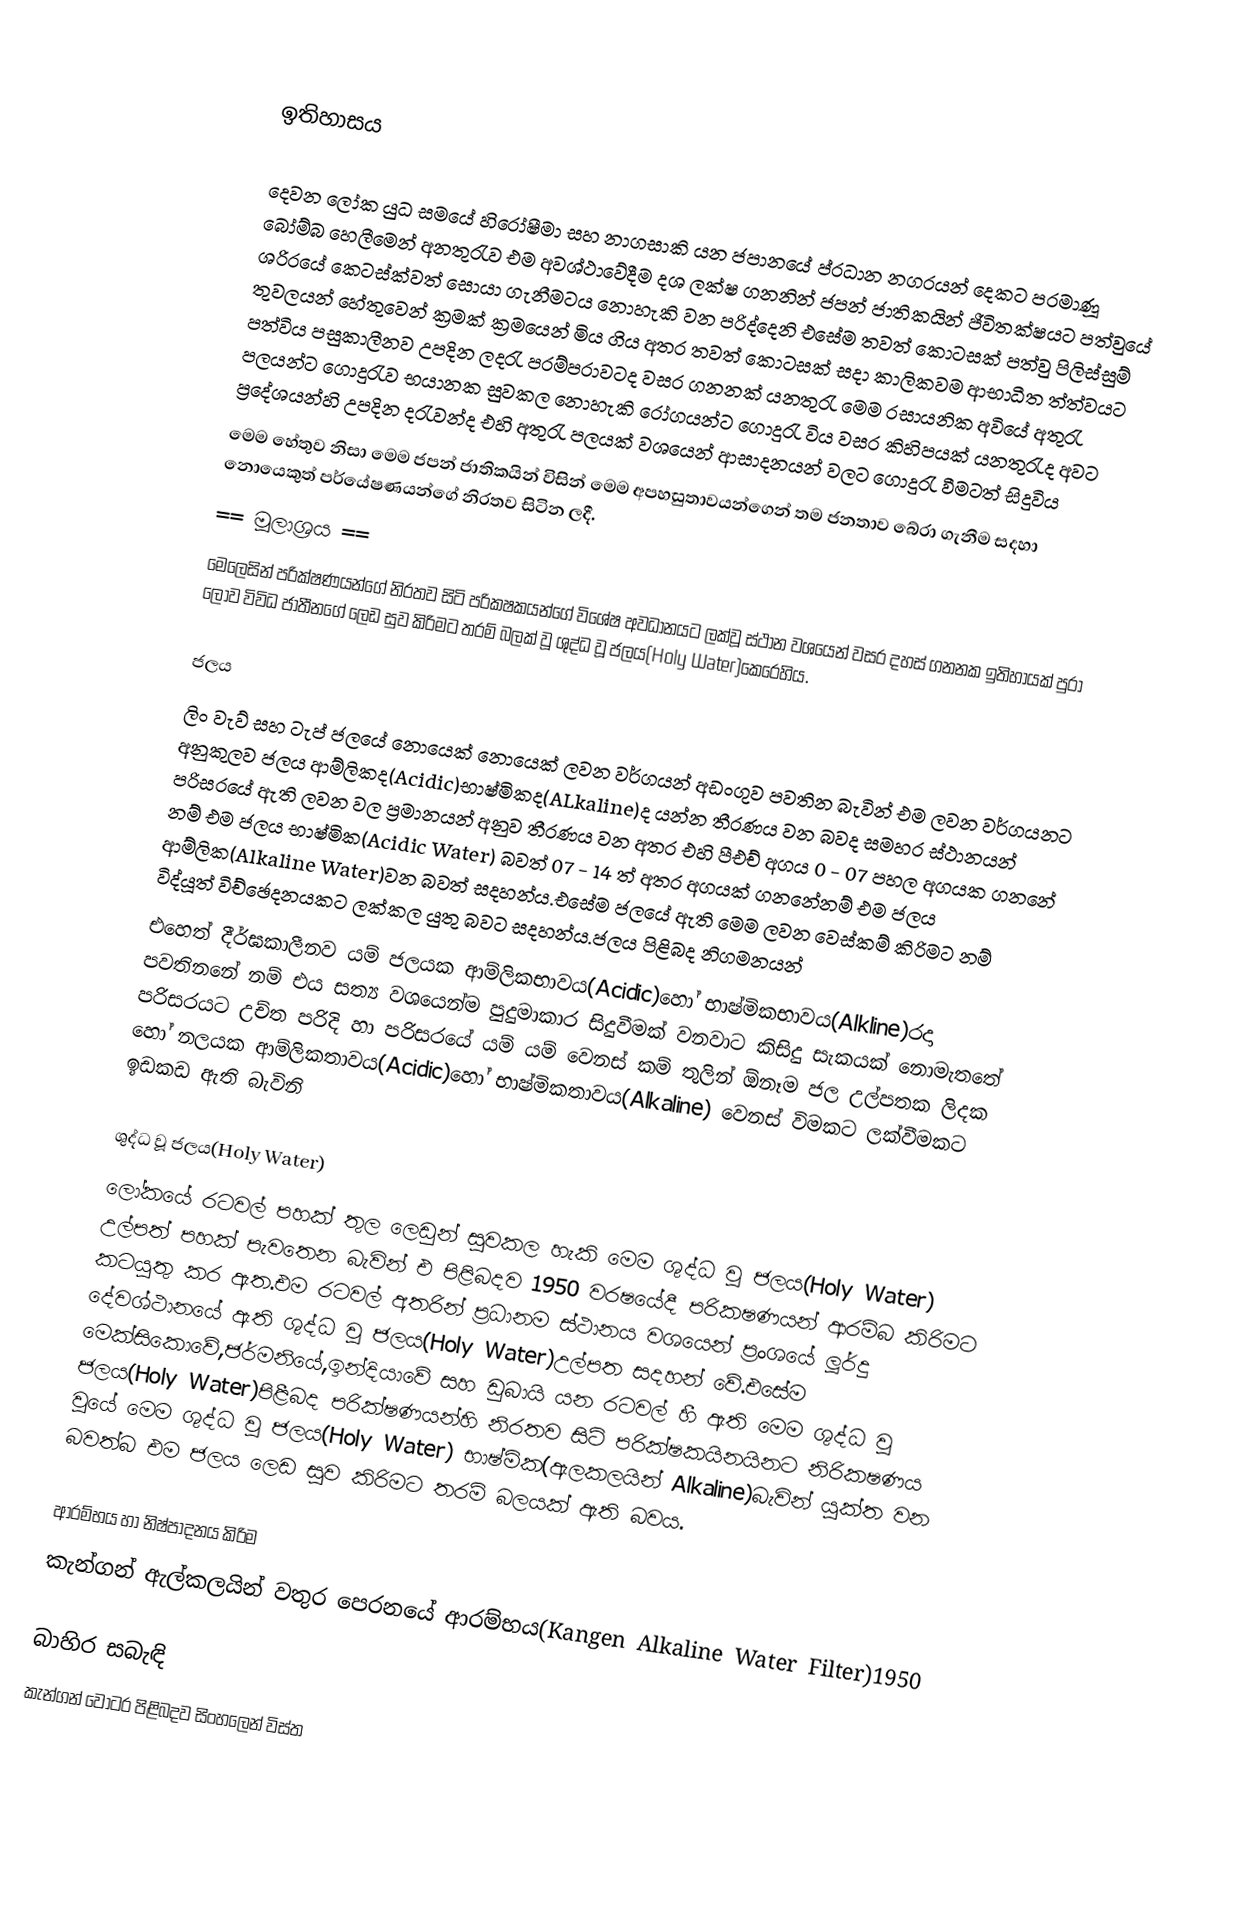

ඉතිහාසය

දෙවන ලෝක යුධ සමයේ හිරෝෂීමා සහ නාගසාකි යන ජපානයේ ප්රධාන නගරයන් දෙකට පරමාණූ බෝම්බ හෙලීමෙන් අනතුරැව එම අවශ්ථාවේදීම දශ ලක්ෂ ගනනින් ජපන් ජාතිකයින් ජීවිතක්ෂයට පත්වුයේ ශරිරයේ කෙටස්ක්වත් සොයා ගැනීමටය නොහැකි වන පරිද්දෙනි එසේම තවත් කොටසක් පත්වු පිලිස්සුම් තුවලයන් හේතුවෙන් ක්‍රමක් ක්‍රමයෙන්  මිය ගිය අතර තවත් කොටසක් සදා කාලිකවම ආභාධීත ත්ත්වයට පත්විය පසුකාලීනව උපදින ලදරැ පරම්පරාවටද වසර ගනනක් යනතුරැ මෙම රසායනික අවියේ අතුරැ පලයන්ට ගොදුරැව භයානක සුවකල නොහැකි රෝගයන්ට ගොදුරැ විය වසර කිහිපයක් යනතුරැද අවට ප්‍රදේශයන්හි උපදින දරැවන්ද  එහි අතුරැ පලයක් වශයෙන් ආසාදනයන් වලට ගොදුරැ වීමටත් සිදුවිය
මෙම හේතුව නිසා මෙම ජපන් ජාතිකයින් විසින් මෙම අපහසුතාවයන්ගෙන් තම ජනතාව බේරා ගැනීම සදහා නොයෙකුත් පර්යේෂණයන්ගේ නිරතව සිටින ලදී.
== මූලාශ්‍රය ==
මෙලෙසින් පරික්ෂණයන්ගේ නිරතව සිටි පරිකෂකයන්ගේ විශේෂ අවධානයට ලක්වූ ස්ථාන වශයෙන් වසර දහස් ගනනක ඉතිහායක් පුරා ලොව විවිධ ජාතීනගේ ලෙඩ සුව කිරිමට තරම් බලක් වූ ශුද්ධ වූ ජලය(Holy Water)කෙරෙහිය.

ජලය
 ලිං වැව් සහ ටැප් ජලයේ නොයෙක් නොයෙක් ලවන වර්ගයන් අඩංගුව පවතින බැවින් එම ලවන වර්ගයනට අනුකුලව ජලය ආම්ලිකද(Acidic)භාෂ්මිකද(ALkaline)ද යන්න තීරණය වන බවද සමහර ස්ථානයන් පරිසරයේ ඇති ලවන වල ප්‍රමානයන් අනුව තීරණය වන අතර එහි පීඑච් අගය 0 - 07 පහල අගයක ගනනේ නම් එම ජලය භාෂ්මික(Acidic Water) බවත් 07 - 14 ත් අතර අගයක් ගනනේනම් එම ජලය ආම්ලික(Alkaline Water)වන බවත් සදහන්ය.එසේම ජලයේ ඇති මෙම ලවන වෙස්කම් කිරිමට නම් විද්යූත් විච්ඡෙදනයකට ලක්කල යුතු බවට සදහන්ය.ජලය පිළිබද නිගමනයන්
එහෙත් දීර්ඝකාලීනව යම් ජලයක ආම්ලිකභාවය(Acidic)හෝ භාෂ්මිකභාවය(Alkline)රදා පවතිනනේ නම් එය සත්‍ය වශයෙන්ම පුදුමාකාර සිදුවීමක් වනවාට කිසිදු සැකයක් නොමැතතේ පරිසරයට උච්ත පරිදි හා පරිසරයේ යම් යම් වෙනස් කම් තුලින් ඕනෑම ජල උල්පතක ලිදක හෝ නලයක ආම්ලිකතාවය(Acidic)හෝ භාෂ්මිකතාවය(Alkaline) වෙනස් විමකට ලක්වීමකට ඉඩකඩ ඇති බැවිනි

ශුද්ධ වූ ජලය(Holy Water)
ලෝකයේ රටවල් පහක් තුල ලෙඩුන් සුවකල හැකි මෙම ශුද්ධ වූ ජලය(Holy Water) උල්පත් පහක් පැවතෙන බැවින් එ පිළිබදව 1950 වරෂයේදී පරිකෂණයන් ආරම්බ කිරිමට කටයුතු කර ඇත.එම රටවල් අතරින් ප්‍රධානම ස්ථානය වශයෙන් ප්‍රංශයේ ලූර්දු දේවශ්ථානයේ ඇති ශුද්ධ වූ ජලය(Holy Water)උල්පත සදහන් වේ.එසේම මෙක්සිකොවේ,ජර්මනියේ,ඉන්දියාවේ සහ ඩුබායි යන රටවල් හී ඇති මෙම ශුද්ධ වූ ජලය(Holy Water)පිළීබද පරික්ෂණයන්හි නිරතව සිටි පරික්ෂකයිනයිනට නිරිකෂණය වුයේ මෙම ශුද්ධ වූ ජලය(Holy Water) භාෂ්මික(ඇලකලයින් Alkaline)බැවින් යුක්ත වන බවත්බ එම ජලය ලෙඩ සුව කිරිමට තරම් බලයක් ඇති බවය.

ආරම්භය හා නිෂ්පාදනය කිරිම
කැන්ගන් ඇල්කලයින් වතුර පෙරනයේ ආරම්භය(Kangen Alkaline Water Filter)1950

බාහිර සබැඳි
 කැන්ගන් වොටර පිළිබදව සිංහලෙන් විස්ත